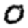
Digit: 0